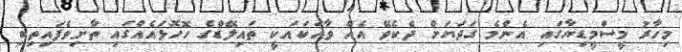
މިހާރު މީސްމީޑިޔާގައި އެންމެ ގަދަޔަށް ދެކެވޭ އެއް ވާހަކައަކީ ތައިލޭޑްގެ ހޮހޮޅައެއްގައި ތާށިވެފައިތިބި